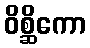
ဝိစ္ဆိကော